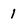
Character: 1